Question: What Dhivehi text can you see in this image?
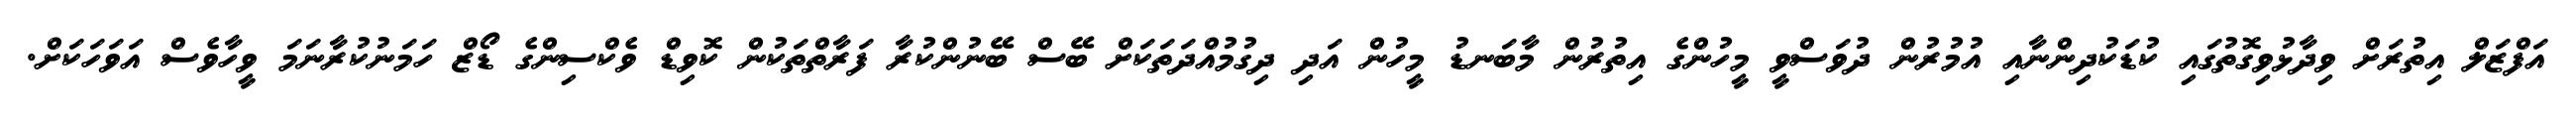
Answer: އަފްޒަލް އިތުރަށް ވިދާޅުވިގޮތުގައި ކުޑަކުދިންނާއި އުމުރުން ދުވަސްވީ މީހުންގެ އިތުރުން މާބަނޑު މީހުން އަދި ދިގުމުއްދަތަކަށް ބޭސް ބޭނުންކުރާ ފަރާތްތަކުން ކޮވިޑް ވެކްސިންގެ ޑޯޒް ހަމަނުކުރާނަމަ ވީހާވެސް އަވަހަކަށް.